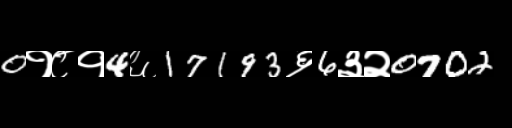
Text: 0१८१4६17193६6३२0702